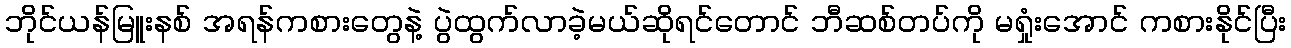
ဘိုင်ယန်မြူးနစ် အရန်ကစားတွေနဲ့ ပွဲထွက်လာခဲ့မယ်ဆိုရင်တောင် ဘီဆစ်တပ်ကို မရှုံးအောင် ကစားနိုင်ပြီး